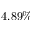
4 . 8 9 \%